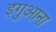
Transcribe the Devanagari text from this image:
इगुआना